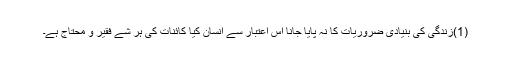
(1)زندگی کی بنیادی ضروریات کا نہ پایا جانا اس اعتبار سے انسان کیا کائنات کی ہر شے فقیر و محتاج ہے۔